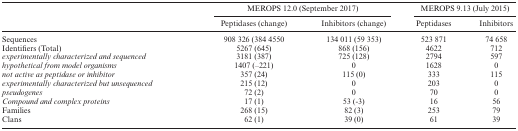
<table><thead><tr><td></td><td colspan="2"><b>MEROPS 12.0 (September 2017)</b></td><td colspan="2"><b>MEROPS 9.13 (July 2015)</b></td></tr><tr><td></td><td><b>Peptidases (change)</b></td><td><b>Inhibitors (change)</b></td><td><b>Peptidases</b></td><td><b>Inhibitors</b></td></tr></thead><tbody><tr><td>Sequences</td><td>908 326 (384 4550</td><td>134 011 (59 353)</td><td>523 871</td><td>74 658</td></tr><tr><td>Identifiers (Total)</td><td>5267 (645)</td><td>868 (156)</td><td>4622</td><td>712</td></tr><tr><td><i>experimentally characterized and sequenced</i></td><td>3181 (387)</td><td>725 (128)</td><td>2794</td><td>597</td></tr><tr><td><i>hypothetical from model organisms</i></td><td>1407 (–221)</td><td>0</td><td>1628</td><td>0</td></tr><tr><td><i>not active as peptidase or inhibitor</i></td><td>357 (24)</td><td>115 (0)</td><td>333</td><td>115</td></tr><tr><td><i>experimentally characterized but unsequenced</i></td><td>215 (12)</td><td>0</td><td>203</td><td>0</td></tr><tr><td><i>pseudogenes</i></td><td>72 (2)</td><td>0</td><td>70</td><td>0</td></tr><tr><td><i>Compound and complex proteins</i></td><td>17 (1)</td><td>53 (-3)</td><td>16</td><td>56</td></tr><tr><td>Families</td><td>268 (15)</td><td>82 (3)</td><td>253</td><td>79</td></tr><tr><td>Clans</td><td>62 (1)</td><td>39 (0)</td><td>61</td><td>39</td></tr></tbody></table>